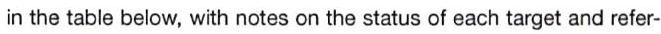
in the table below, with notes on the status of each target and refer-